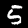
Label: 5